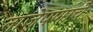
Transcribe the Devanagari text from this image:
ताजेपणाचे